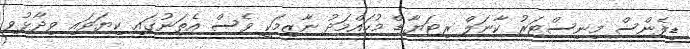
ޑިފެންސް މިނިސްޓަރު ކާނަލް ރިޓަޔާޑް މުހައްމަދު ނާޒިމަކީ ވެސް އެތަނުގައި ކިޔަވައި ވިދާޅުވި